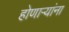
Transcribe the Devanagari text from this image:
होणाऱ्यांना